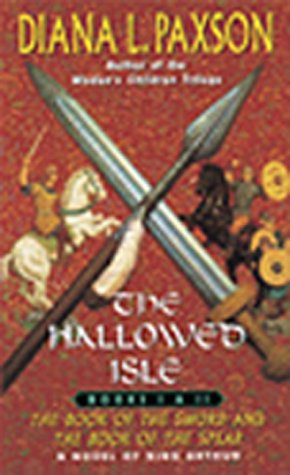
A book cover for The Book of the Sword / The Book of the Spear (Hallowed Isle, Books 1-2); Diana L. Paxson; Science Fiction & Fantasy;